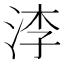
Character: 𣵎